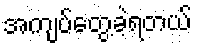
အကျပ်တွေ့ခဲ့ရတယ်